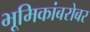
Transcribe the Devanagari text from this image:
भूमिकांबरोबर